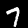
Label: 7